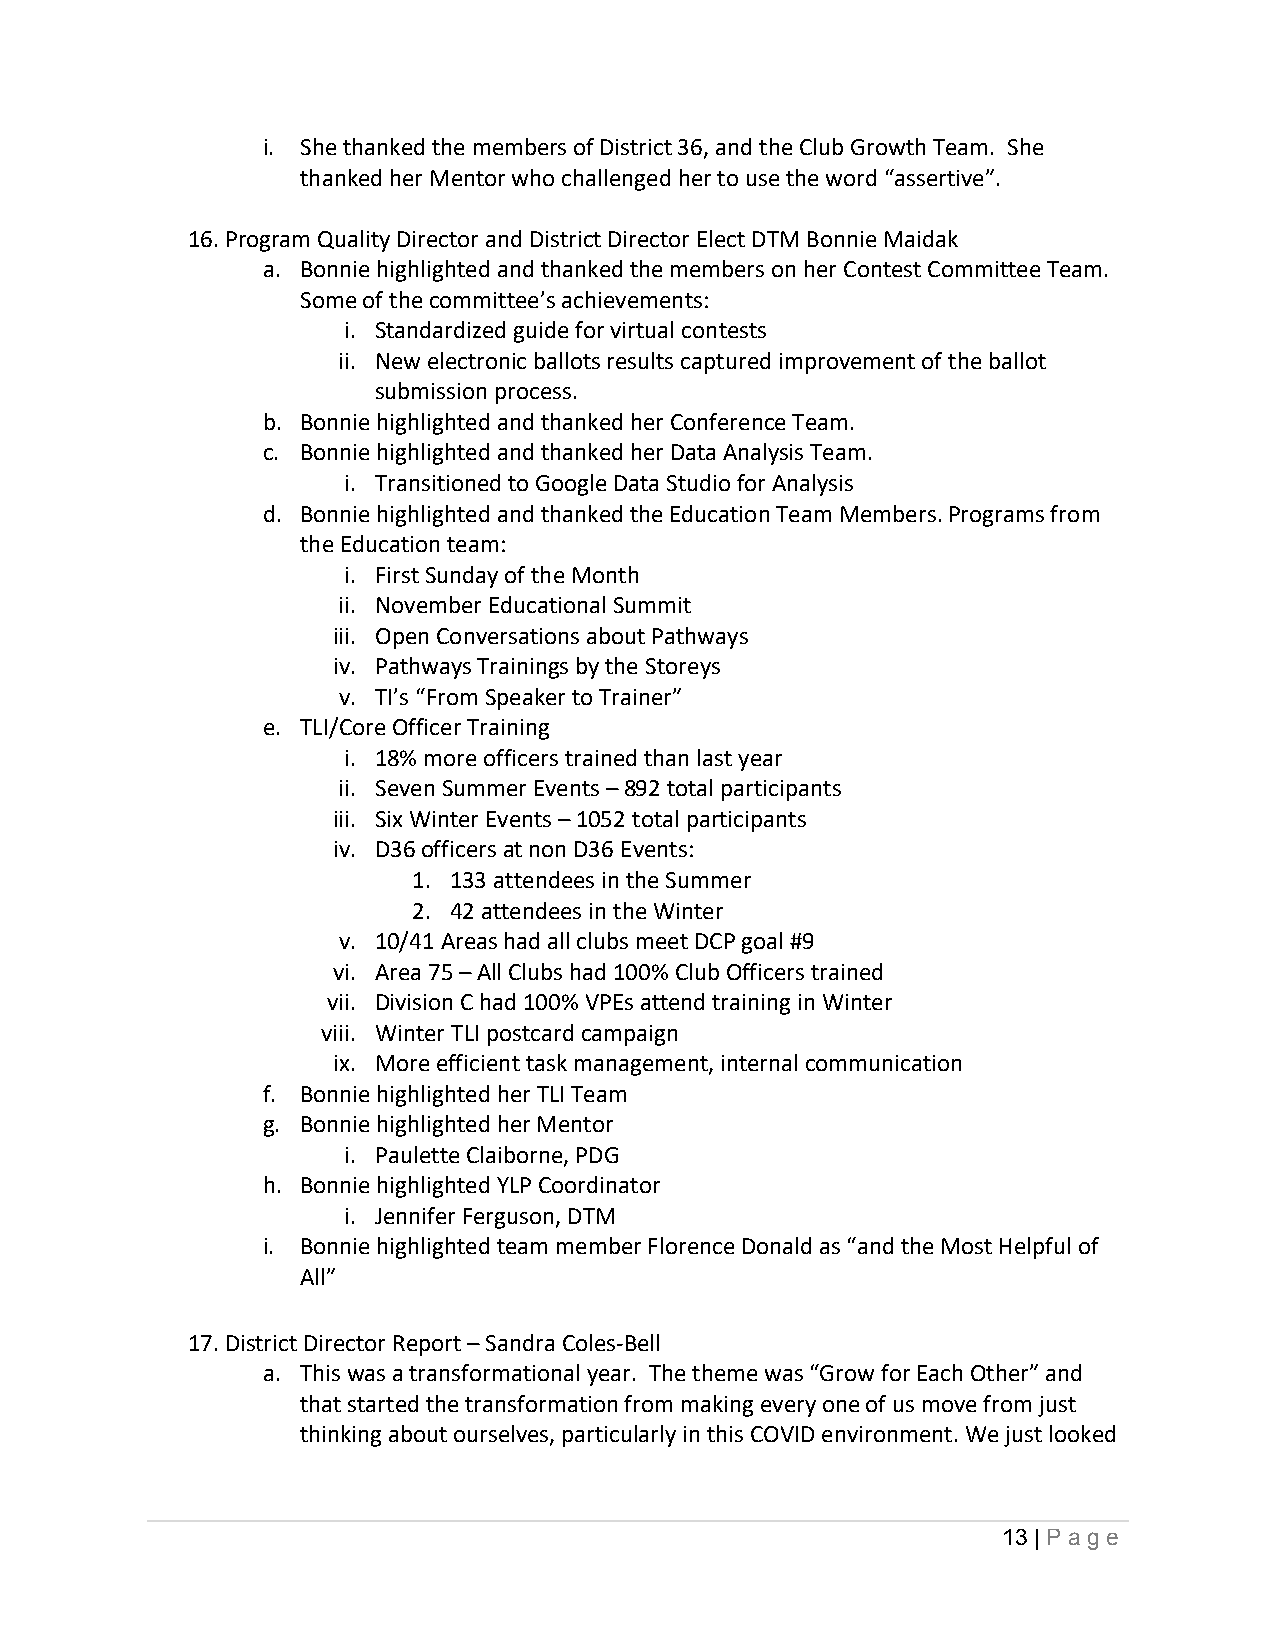
i. She thanked the members of District 36, and the Club Growth Team. She
 thanked her Mentor who challenged her to use the word “assertive”.
 16.Program Quality Director and District Director Elect DTM Bonnie Maidak
 a. Bonnie highlighted and thanked the members on her Contest Committee Team.
 Some of the committee’s achievements:
 i. Standardized guide for virtual contests
 ii. New electronic ballots results captured improvement of the ballot
 submission process.
 b. Bonnie highlighted and thanked her Conference Team.
 c. Bonnie highlighted and thanked her Data Analysis Team.
 i. Transitioned to Google Data Studio for Analysis
 d. Bonnie highlighted and thanked the Education Team Members. Programs from
 the Education team:
 i. First Sunday of the Month
 ii. November Educational Summit
 iii. Open Conversations about Pathways
 iv. Pathways Trainings by the Storeys
 v. TI’s “From Speaker to Trainer”
 e. TLI/Core Officer Training
 i. 18% more officers trained than last year
 ii. Seven Summer Events – 892 total participants
 iii. Six Winter Events – 1052 total participants
 iv. D36 officers at non D36 Events:
 1. 133 attendees in the Summer
 2. 42 attendees in the Winter
 v. 10/41 Areas had all clubs meet DCP goal #9
 vi. Area 75 – All Clubs had 100% Club Officers trained
 vii. Division C had 100% VPEs attend training in Winter
 viii. Winter TLI postcard campaign
 ix. More efficient task management, internal communication
 f. Bonnie highlighted her TLI Team
 g. Bonnie highlighted her Mentor
 i. Paulette Claiborne, PDG
 h. Bonnie highlighted YLP Coordinator
 i. Jennifer Ferguson, DTM
 i. Bonnie highlighted team member Florence Donald as “and the Most Helpful of
 All”
 17.District Director Report – Sandra Coles-Bell
 a. This was a transformational year. The theme was “Grow for Each Other” and
 that started the transformation from making every one of us move from just
 thinking about ourselves, particularly in this COVID environment. We just looked
 13 | Pa g e